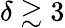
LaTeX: \delta\gtrsim 3